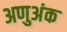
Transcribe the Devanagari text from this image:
अणुअंक